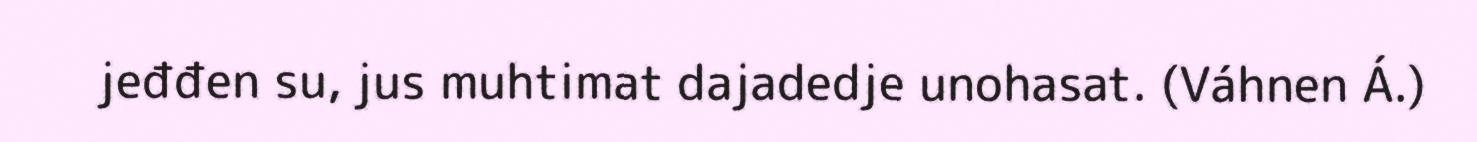
jeđđen su, jus muhtimat dajadedje unohasat. (Váhnen Á.)